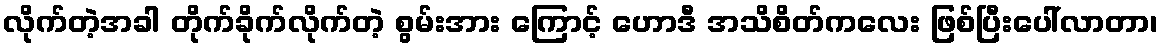
လိုက်တဲ့အခါ တိုက်ခိုက်လိုက်တဲ့ စွမ်းအား ကြောင့် ဟောဒီ အသိစိတ်ကလေး ဖြစ်ပြီးပေါ်လာတာ၊